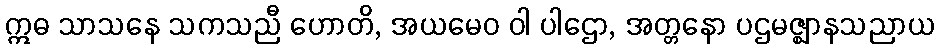
ဣဓ သာသနေ သကသညီ ဟောတိ, အယမေဝ ဝါ ပါဌော, အတ္တနော ပဌမဇ္ဈာနသညာယ